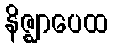
နိဇ္ဈာပေထ